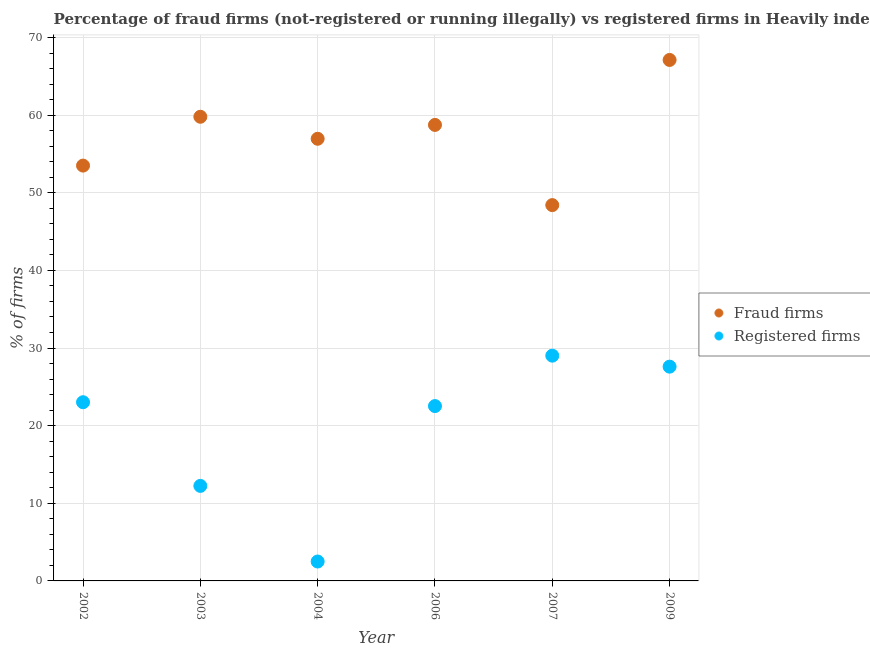
| Year | Fraud firms | Registered firms |
 | --- | --- | --- |
 | 2002 | 53.5 | 23 |
 | 2003 | 59.8 | 12.2 |
 | 2004 | 57 | 2.5 |
 | 2006 | 58.7 | 22.5 |
 | 2007 | 48.4 | 29 |
 | 2009 | 67.1 | 27.6 |